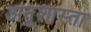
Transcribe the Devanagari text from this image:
अनुशास्ता